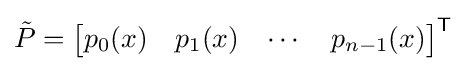
{\tilde {P}}={\begin{bmatrix}p_{0}(x)&p_{1}(x)&\cdots &p_{n-1}(x)\end{bmatrix}}^{\mathsf {T}}